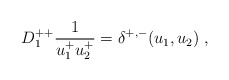
\begin{align*}D^{++}_1{1\over u^+_1u^+_2} = \delta^{+,-}(u_1,u_2)\; ,\end{align*}